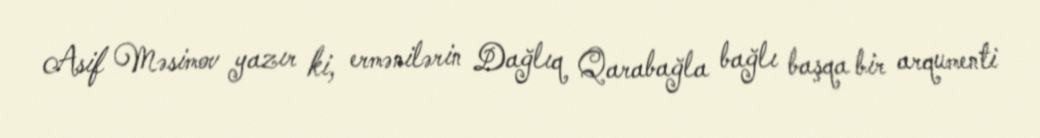
Asif Məsimov yazır ki, ermənilərin Dağlıq Qarabağla bağlı başqa bir arqumenti